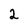
Character: 2